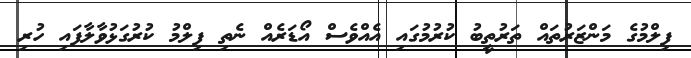
ފިލްމުގެ މަންޒަރުތައް ތަރުތީބު ކުރުމުގައި އެއްވެސް އޯޑަރެއް ނެތި ފިލްމު ކުރުގަޅުވާލާފައި ހުރި